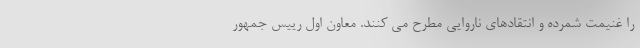
را غنیمت شمرده و انتقادهای ناروایی مطرح می کنند. معاون اول رییس جمهور